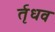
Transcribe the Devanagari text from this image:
र्तृधव